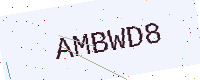
Text: AMBWD8